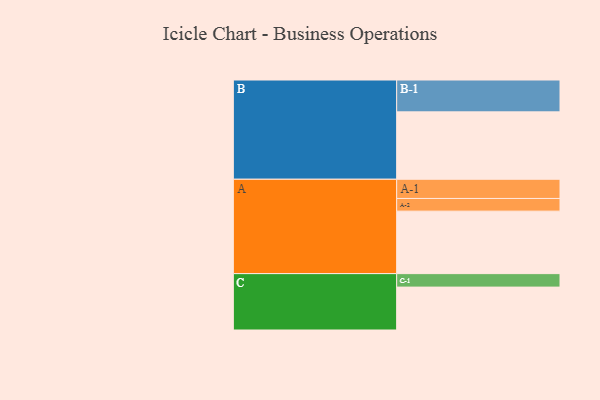
{"axis": {"x": "Segment", "y": "Value"}, "legend": ["", "A", "B", "C"], "data": [{"x": "A", "y": 459, "type": ""}, {"x": "B", "y": 495, "type": ""}, {"x": "C", "y": 315, "type": ""}, {"x": "A-1", "y": 141, "type": "A"}, {"x": "A-2", "y": 93, "type": "A"}, {"x": "B-1", "y": 234, "type": "B"}, {"x": "C-1", "y": 99, "type": "C"}]}